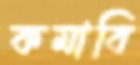
কমাবি